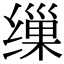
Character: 缫